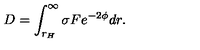
D = \int _ { r _ { H } } ^ { \infty } \sigma F e ^ { - 2 \phi } d r .